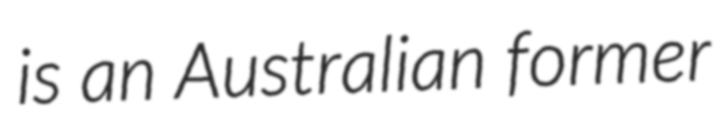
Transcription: is an Australian former